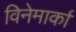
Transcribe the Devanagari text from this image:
विनेमार्का